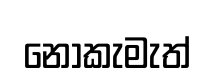
නොකැමැත්